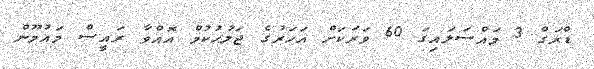
ޑްރަގް 3 މައްސަލައިގަ 60 ވަރަކަށް އަހަރުގެ ޖަލުޙުކުމް އޮއްވާ ރައީސް މައުމޫން